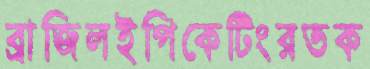
ব্রাজিলইপিকেটিংরতক